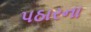
પઠારના